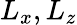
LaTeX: L_{x},L_{z}